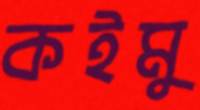
কইমু